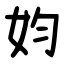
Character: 㚬